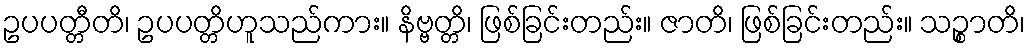
ဥပပတ္တီတိ၊ ဥပပတ္တိဟူသည်ကား။ နိဗ္ဗတ္တိ၊ ဖြစ်ခြင်းတည်း။ ဇာတိ၊ ဖြစ်ခြင်းတည်း။ သဉ္စာတိ၊